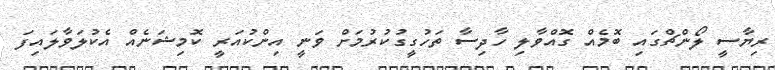
ރިޔާސީ ލޯންޗްގައި ބޮމެއް ގޮއްވާލި ހާދިސާ ތަހުގީގުކުރުމަށް ވަނީ އިންކުއަރީ ކޮމިޝަނެއް އެކުލަވާލައިފަ